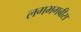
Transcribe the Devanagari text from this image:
लगभगबीस